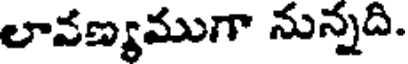
లావణ్యముగా నున్నది.